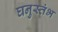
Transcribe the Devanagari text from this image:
घनुस्तंभ